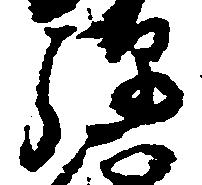
弾